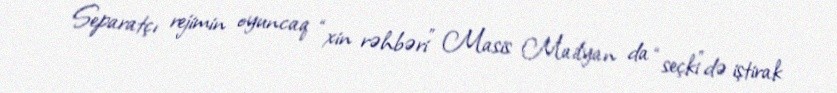
Separatçı rejimin oyuncaq “xin rəhbəri” Masis Mailyan da “seçki”də iştirak